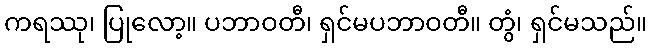
ကရဿု၊ ပြုလော့။ ပဘာဝတီ၊ ရှင်မပဘာဝတီ။ တွံ၊ ရှင်မသည်။